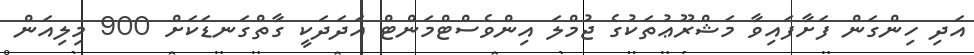
އަދި ހިންގަން ފަށާފައިވާ މަޝްރޫޢުތަކުގެ ޖުމްލަ އިންވެސްޓްމަންޓް އަދަދަކީ ގާތްގަނޑަކަށް 900 މިލިއަން